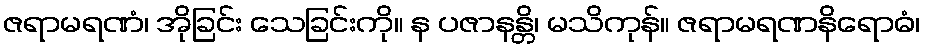
ဇရာမရဏံ၊ အိုခြင်း သေခြင်းကို။ န ပဇာနန္တိ၊ မသိကုန်။ ဇရာမရဏနိရောဓံ၊